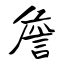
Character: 詹